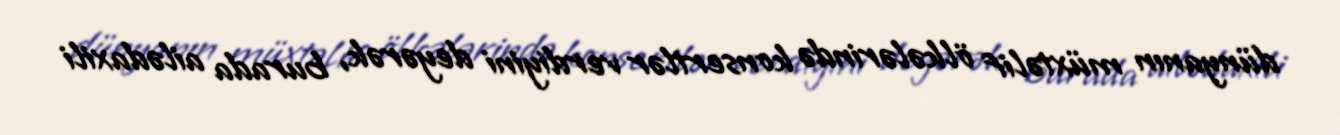
dünyanın müxtəlif ölkələrində konsertlər verdiyini deyərək, burada ailədaxili